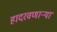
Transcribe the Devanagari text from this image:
हादरवणार्‍या